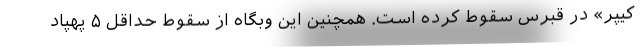
کیپر» در قبرس سقوط کرده است. همچنین این وبگاه از سقوط حداقل ۵ پهپاد